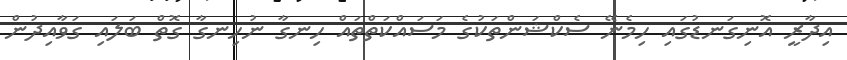
އިދާރީ އޮނިގަނޑުގައި ހިމެނޭ ސެކްޝަންތަކުގެ މަސައްކަތްތައް ހިނގާ ނުހިނގާ ގޮތް ބަލައި ގަވާއިދުން